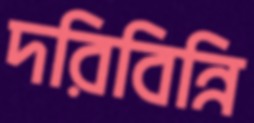
দরিবিন্নি